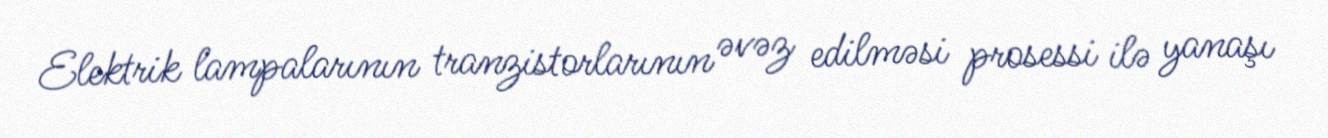
Elektrik lampalarının tranzistorlarının əvəz edilməsi prosessi ilə yanaşı